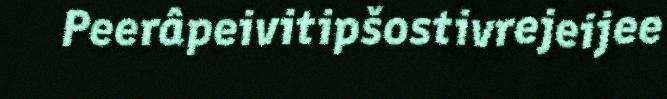
Peerâpeivitipšostivrejeijee